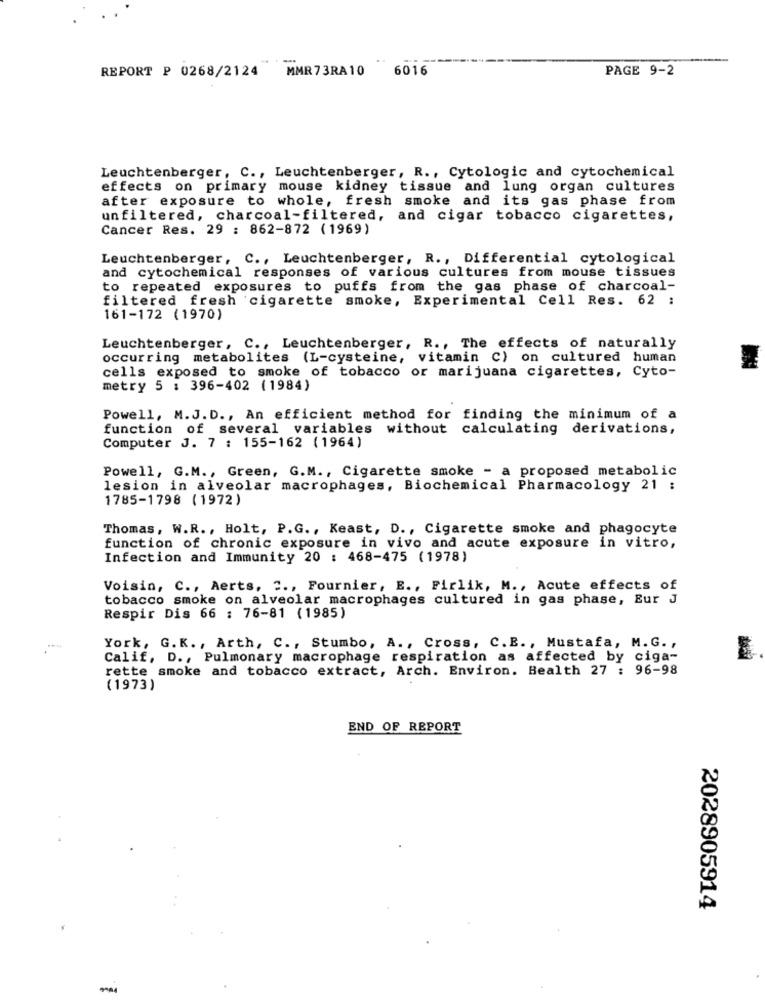
----
REPORT P 0268/2124 MMR73RA10
6016
PAGE 9-2
Leuchtenberger, C ., Leuchtenberger, R ., Cytologic and cytochemical
effects on primary mouse kidney tissue and lung organ cultures
after exposure to whole, fresh smoke and its gas phase from
unfiltered, charcoal-filtered, and cigar tobacco cigarettes,
Cancer Res. 29 : 862-872 (1969)
Leuchtenberger, C ., Leuchtenberger, R ., Differential cytological
and cytochemical responses of various cultures from mouse tissues
to repeated exposures to puffs from the gas phase of charcoal-
filtered fresh cigarette smoke, Experimental Cell Res. 62 :
161-172 (1970)
Leuchtenberger, C ., Leuchtenberger, R ., The effects of naturally
occurring metabolites (L-cysteine, vitamin C) on cultured human
cells exposed to smoke of tobacco or marijuana cigarettes, Cyto-
metry 5 : 396-402 (1984)
Powell, M.J. D ., An efficient method for finding the minimum of a
function of several variables without calculating derivations,
Computer J. 7 : 155-162 (1964)
Powell, G.M ., Green, G.M ., Cigarette smoke - a proposed metabolic
lesion in alveolar macrophages, Biochemical Pharmacology 21 :
1785-1798 (1972)
Thomas, W.R ., Holt, P.G ., Keast, D ., Cigarette smoke and phagocyte
function of chronic exposure in vivo and acute exposure in vitro,
Infection and Immunity 20 : 468-475 (1978)
Voisin, C ., Aerts, " ., Fournier, E ., Pirlik, M ., Acute effects of
tobacco smoke on alveolar macrophages cultured in gas phase, Eur J
Respir Dis 66 : 76-81 (1985)
York, G. K ., Arth, C ., Stumbo, A ., Cross, C.B ., Mustafa, M. G. ,
Calif, D ., Pulmonary macrophage respiration as affected by ciga-
rette smoke and tobacco extract, Arch. Environ. Health 27 : 96-98
(1973)
END OF REPORT
2028905914
-4